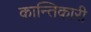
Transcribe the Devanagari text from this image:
कान्तिकारी